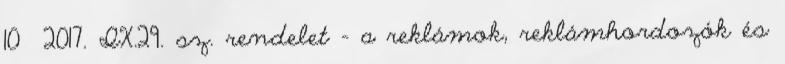
10 2017. IX.29. sz. rendelet – a reklámok, reklámhordozók és